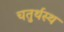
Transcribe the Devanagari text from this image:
चतुर्थस्थ